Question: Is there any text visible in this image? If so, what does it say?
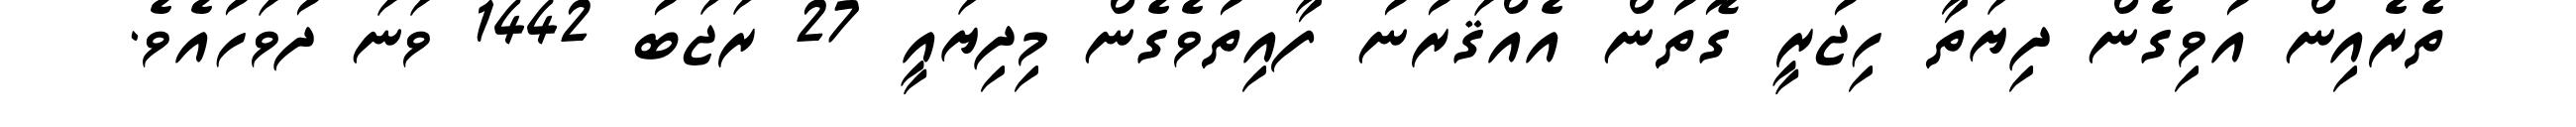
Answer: ތެރެއިން އުވިގެން ދިޔަތާ ހިޖުރީ ގޮތުން އެއްޤަރުނު ފާއިތުވެގެން މިދިޔައީ 27 ރަޖަބު 1442 ވަނަ ދުވަހުއެވެ.